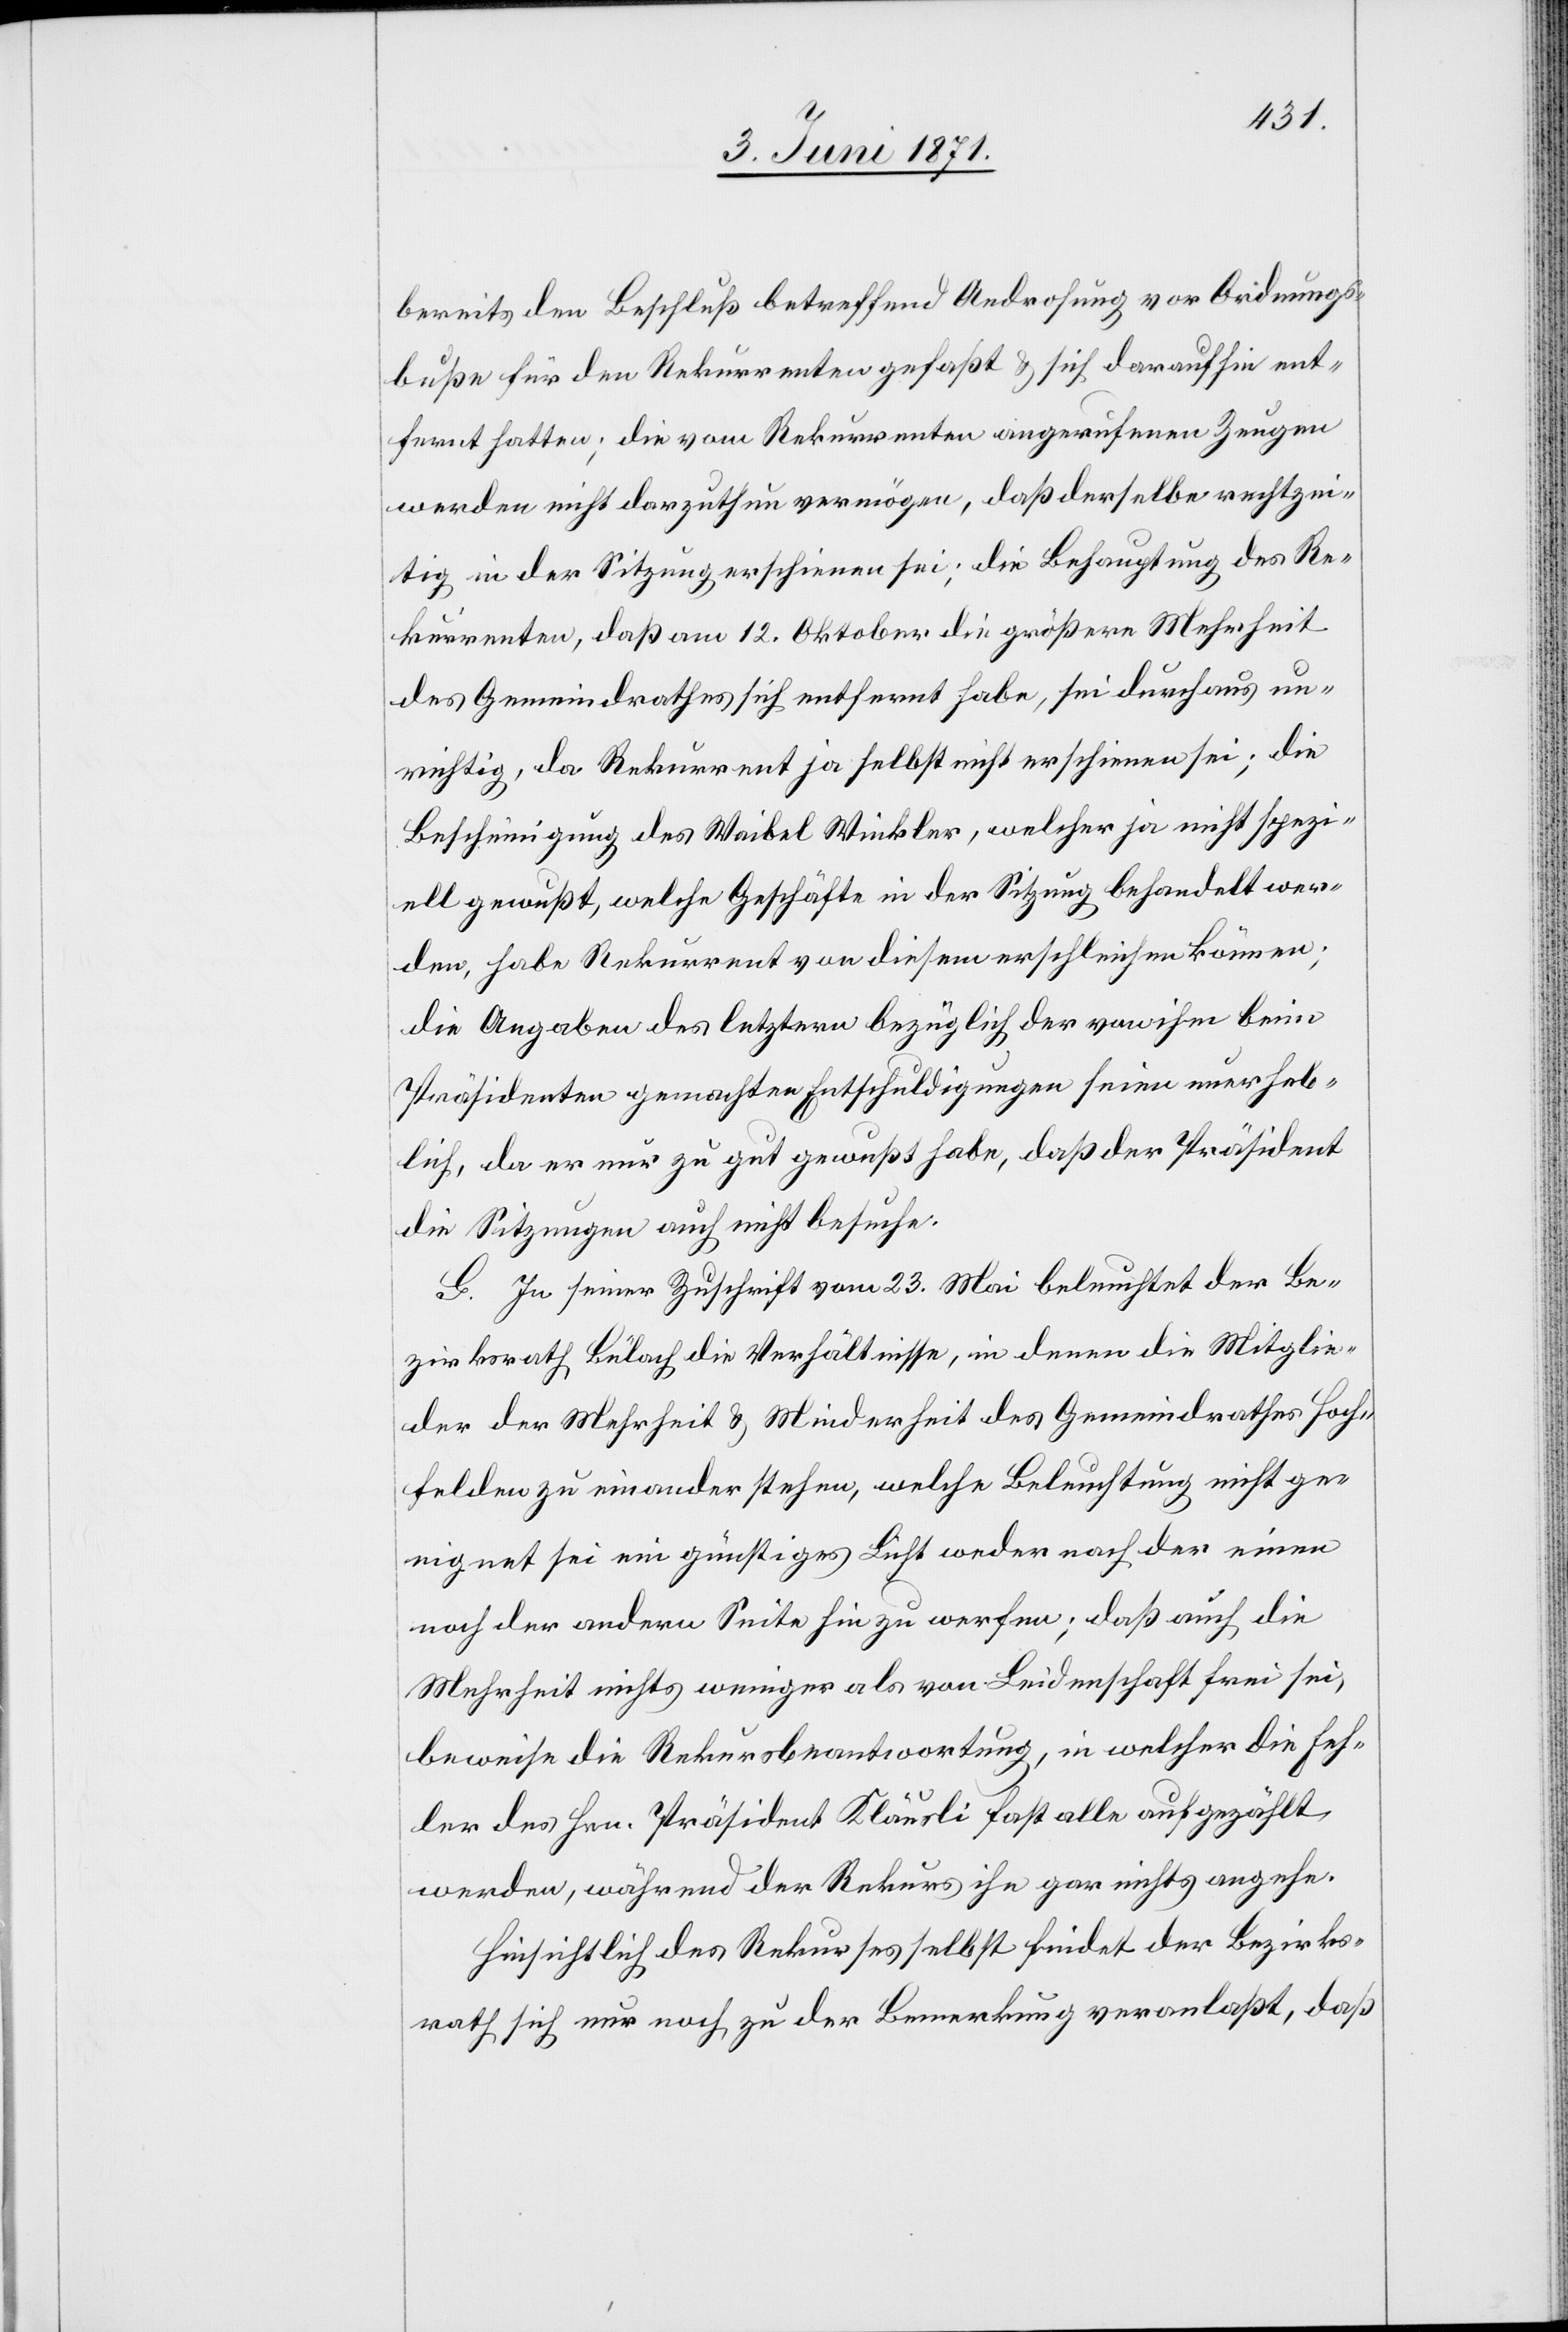
bereits den Beschluß betreffend Androhung vor [sic!] Ordnungs¬
buße für den Rekurrenten gefaßt u. sich daraufhin ent¬
fernt hatten; die vom Rekurrenten eingerufenen Zeugen
werden nicht darzuthun vermögen, daß derselbe rechtzei¬
tig in der Sitzung erschienen sei; die Behauptung des Re¬
kurrenten, daß am 12. Oktober die größerer Mehrheit
des Gemeindrathes sich entfernt habe, sei durchaus un¬
richtig, da Rekurrent ja selbst nicht erschienen sei; die
Bescheinigung des Waibel Winkler, welcher ja nicht spezi¬
ell gewußt, welche Geschäfte in der Sitzung behandelt wer¬
den, habe Rekurrent von diesem erschleichen können;
die Abgaben des letztern bezüglich der von ihm beim
Präsidenten gemachten Entschuldigungen seien unerheb¬
lich, da er nur zu gut gewußt habe, daß der Präsident
die Sitzung auch nicht besuche.
G. In seiner Zuschrift vom 23. Mai beleuchtet der Be¬
zirksrath Bülach die Verhältnisse, in denen die Mitglie¬
der der Mehrheit u. Minderheit des Gemeindrathes Hoch¬
felden zu einander stehen, welche Beleuchtung nicht ge¬
eignet sei ein günstiges Licht weder nach der einen
noch der andern Seite hin zu werfen; daß auch die
Mehrheit nichts weniger als von Leidenschaft frei sei,
beweise die Rekursbeantwortung, in welcher die Feh¬
ler des Hrn. Präsident Kläusli fast alle aufgezählt
werden, während der Rekurs ihn gar nichts angehe.
Hinsichtlich des Rekurses selbst findet der Bezirks¬
rath sich nur noch zu der Bemerkung veranlaßt, daß